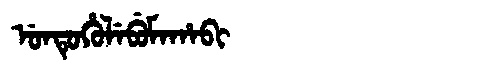
Manchu: ᡠᠨᡨᡠᡥᡠᠯᡝᠪᡠᠮᠠᡥᠠᠪᡳ
Romanization: UNTUHULEBUMAHABI